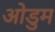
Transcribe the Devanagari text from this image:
ओडुम